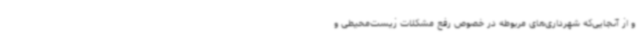
و از آنجایی‌که شهرداری‌های مربوطه در خصوص رفع مشکلات زیست‌محیطی و